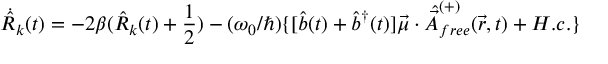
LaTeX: { \dot { \hat { R } } } _ { k } ( t ) = - 2 \beta ( { \hat { R } } _ { k } ( t ) + { \frac { 1 } { 2 } } ) - ( \omega _ { 0 } / \hbar ) \{ [ { \hat { b } } ( t ) + { \hat { b } } ^ { \dagger } ( t ) ] { \vec { \mu } } \cdot { \hat { \vec { A } } } _ { f r e e } ^ { ( + ) } ( { \vec { r } } , t ) + H . c . \}